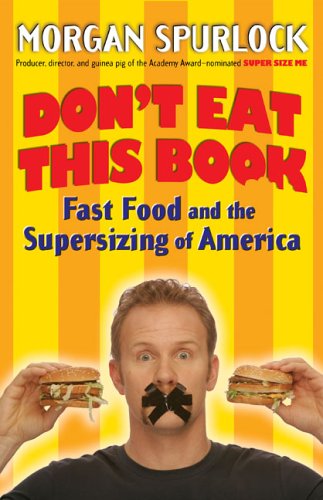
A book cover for Don't Eat This Book: Fast Food and the Supersizing of America; Morgan Spurlock; Humor & Entertainment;